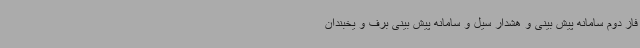
فاز دوم سامانه پیش بینی و هشدار سیل و سامانه پیش بینی برف و یخبندان